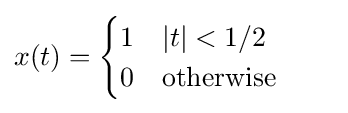
x(t)={\begin{cases}1&|t|<1/2\\0&{\text{otherwise}}\end{cases}}\qquad